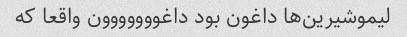
لیموشیرین‌ها داغون بود داغووووووون واقعا که